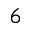
^ { 6 }